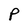
Character: P